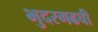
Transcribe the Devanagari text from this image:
भुदरगढची